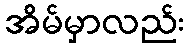
အိမ်မှာလည်း